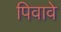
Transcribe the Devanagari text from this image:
पिवावे